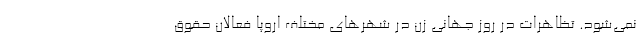
نمی‌شود. تظاهرات در روز جهانی زن در شهرهای مختلف اروپا فعالان حقوق